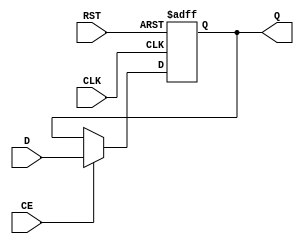
module InputRegister (
    input wire D,          // Data input
    input wire CLK,        // Clock input
    input wire RST,        // Asynchronous reset
    input wire CE,         // Clock enable (optional)
    output reg Q          // Data output
);

    // Asynchronous reset and synchronous capture on clock edge
    always @(posedge CLK or posedge RST) begin
        if (RST) begin
            Q <= 1'b0;     // Reset output to 0
        end else if (CE) begin
            Q <= D;        // Capture data on clock edge if enabled
        end
    end

endmodule